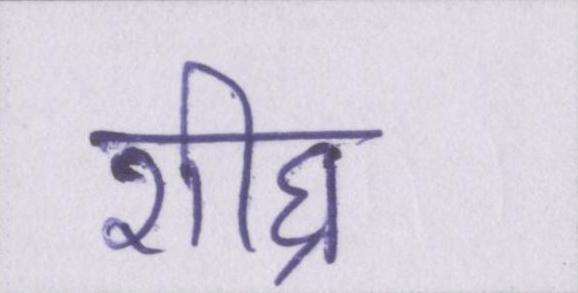
शीघ्र